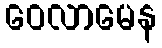
ဝေလာမေန